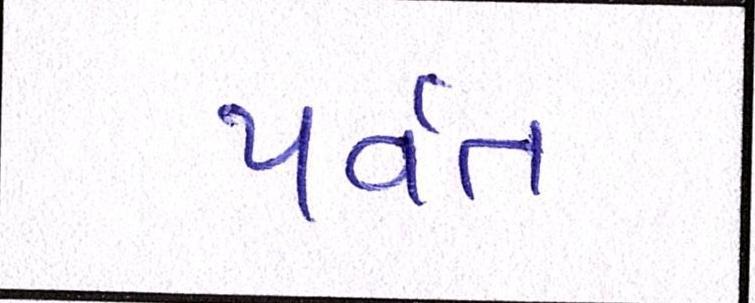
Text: પર્વત